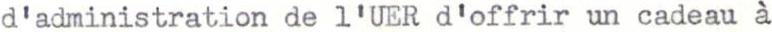
d'administration de l'UER d'offrir un cadeau à